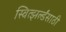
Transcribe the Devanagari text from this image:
स्वित्झर्ल्डंसाठी